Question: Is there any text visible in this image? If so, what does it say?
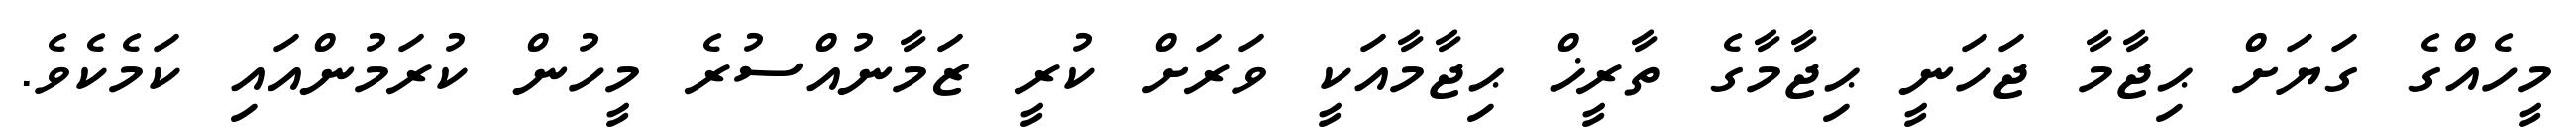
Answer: މީހެއްގެ ގަޔަށް ޙިޖާމާ ޖަހަނީ ޙިޖާމާގެ ތާރީޚް ޙިޖާމާއަކީ ވަރަށް ކުރީ ޒަމާނުއްސުރެ މީހުން ކުރަމުންއައި ކަމެކެވެ.